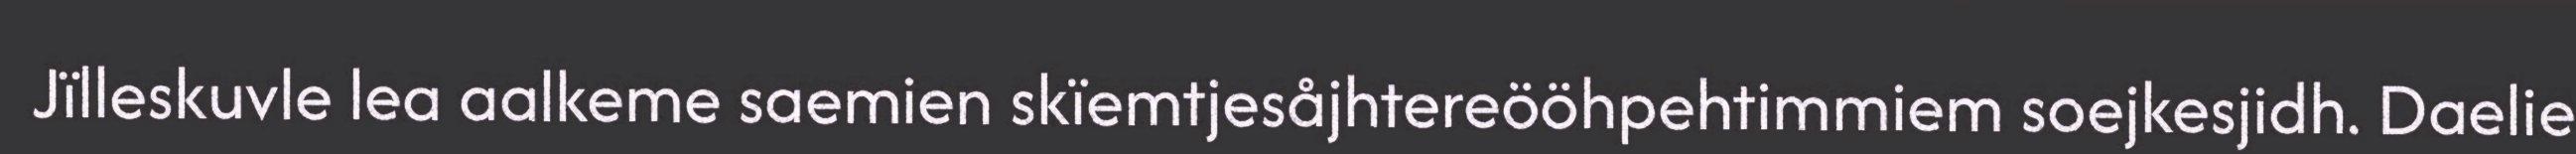
Jïlleskuvle lea aalkeme saemien skïemtjesåjhtereööhpehtimmiem soejkesjidh. Daelie